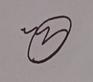
Signature authenticity: genuine